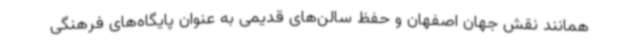
همانند نقش جهان اصفهان و حفظ سالن‌های قدیمی به عنوان پایگاه‌های فرهنگی